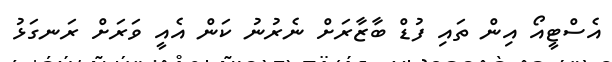
އެސްޓީއޯ އިން ތައި ފުޑް ބާޒާރަށް ނެރުނު ކަން އެއީ ވަރަށް ރަނގަޅު